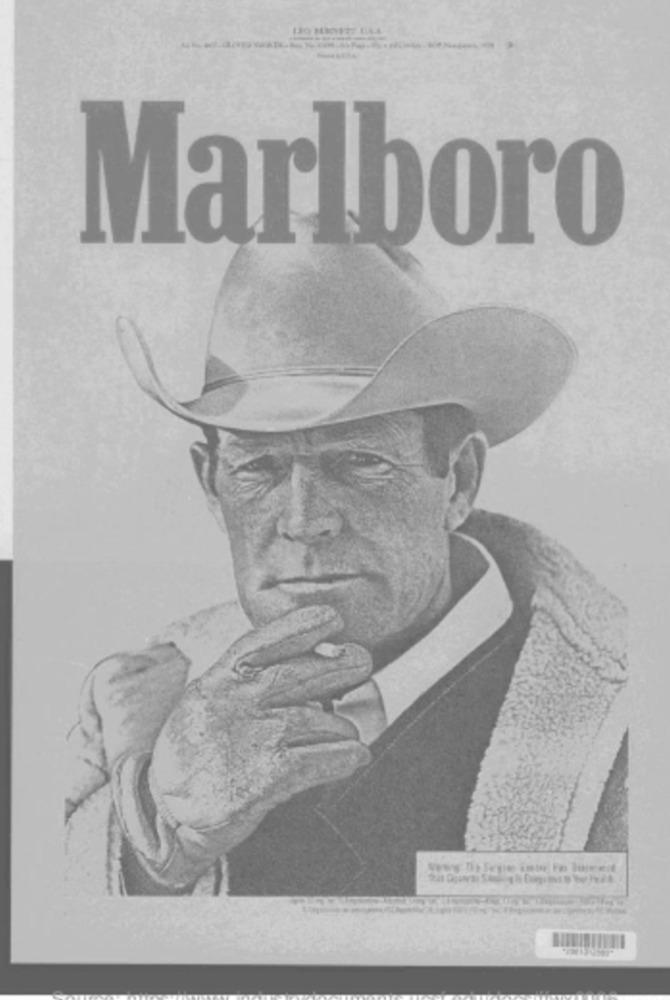
Marlboro